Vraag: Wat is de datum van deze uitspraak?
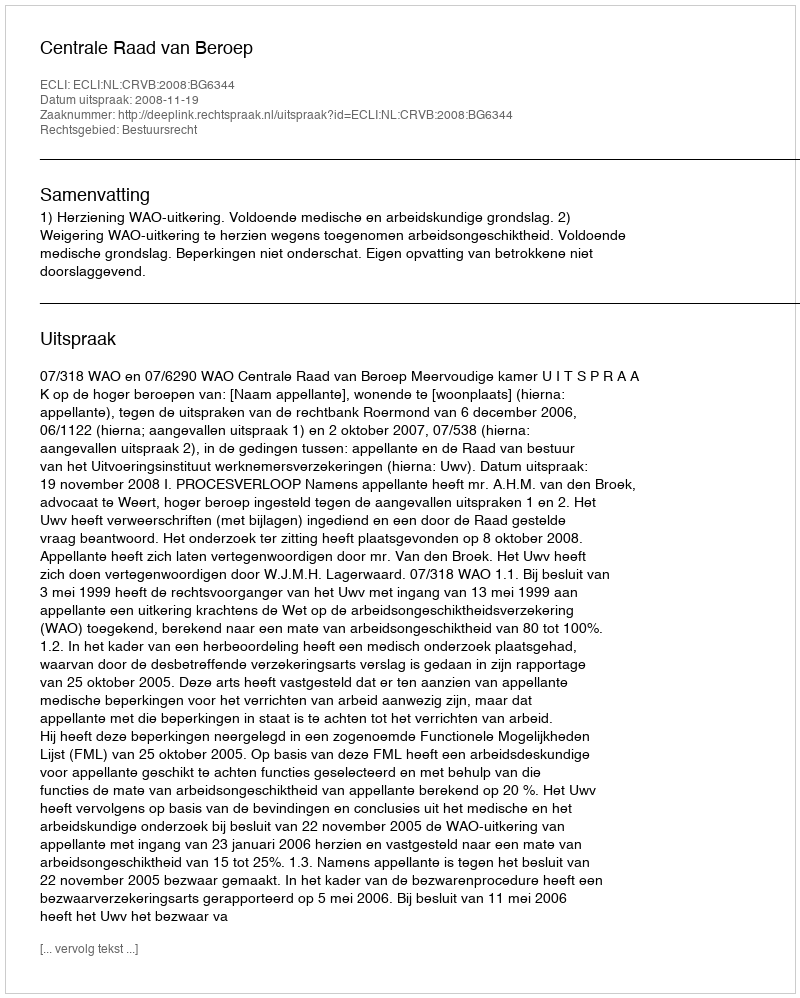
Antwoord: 2008-11-19